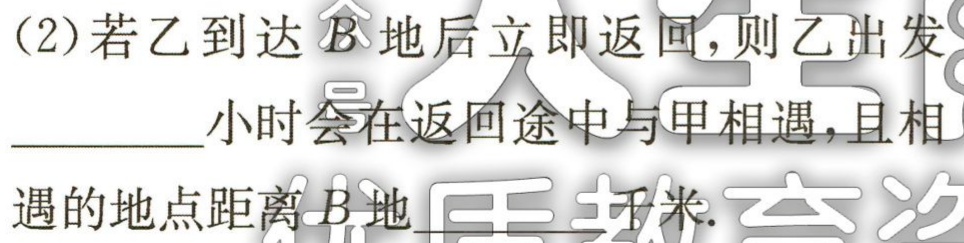
(2)若乙到达\(B\)地后立即返回，则乙出发________小时会在返回途中与甲相遇，且相遇的地点距离\(B\)地  千米.